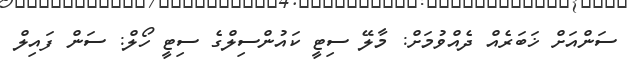
ސަންއަށް ޚަބަރެއް ދެއްވުމަށް: މާލޭ ސިޓީ ކައުންސިލްގެ ސިޓީ ހޯލް: ސަން ފައިލް